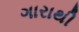
ગારાથી